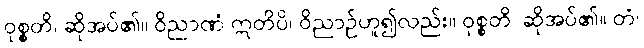
ဝုစ္စတိ၊ ဆိုအပ်၏။ ဝိညာဏံ ဣတိပိ၊ ဝိညာဉ်ဟူ၍လည်း။ ဝုစ္စတိ၊ ဆိုအပ်၏။ တံ၊